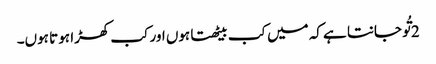
2 تُو جانتا ہے کہ میں کب بیٹھتا ہوں اور کب کھڑا ہو تا ہوں۔